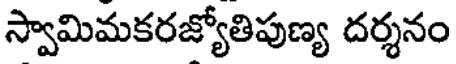
స్వామిమకరజ్యోతిపుణ్య దర్శనం